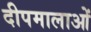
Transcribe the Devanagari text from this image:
दीपमालाओं